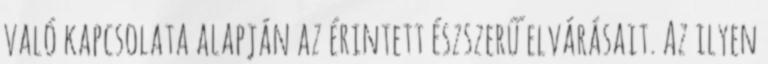
való kapcsolata alapján az érintett észszerű elvárásait. Az ilyen